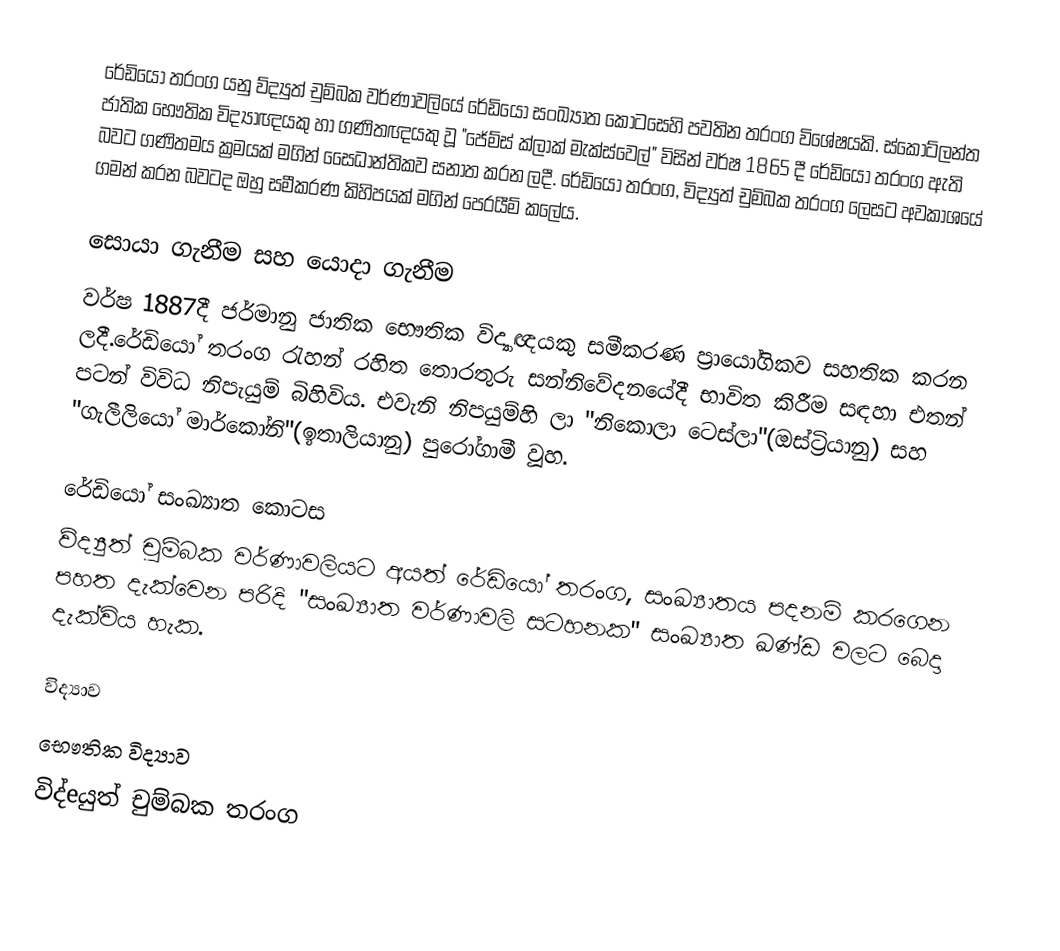
රේඩියෝ තරංග යනු ව්ද්‍යුත් චුම්බක වර්ණාවලියේ රේඩියෝ  සංඛ්‍යාත කොටසෙහි පවතින තරංග විශේෂයකි. ස්කොට්ලන්ත ජාතික භෞතික විද්‍යාඥයකු හා ගණිතඥයකු වූ "ජේම්ස් ක්ලාක් මැක්ස්වෙල්" විසින් වර්ෂ 1865 දී රේඩියෝ තරංග ඇති  බවට ගණිතමය ක්‍රමයක් මගින් සෛධාන්තිකව සනාත කරන ලදී. රේඩියෝ තරංග, විද්‍යුත් චුම්බක තරංග ලෙසට අවකාශයේ ගමන් කරන බවටද ඔහු සමීකරණ කිහිපයක් මගින් පෙරයීම් කලේය.

සොයා ගැනීම සහ ‍යොදා ගැනීම
වර්ෂ 1887දී ජර්මානු ජාතික භෞතික විද්‍යාඥයකු සමීකරණ ප්‍රායෝගිකව සහතික කරන ලදී.රේඩියෝ තරංග රැහන් රහිත තොරතුරු සන්නිවේදනයේදී භාවිත කිරීම සඳහා එතන් පටන් විවිධ නිපැයුම් බිහිවිය. එවැනි නිපයුම්හි ලා "නිකොලා ටෙස්ලා"(ඔස්ට්‍රියානු) සහ "ගැලීලියෝ මාර්කෝනි"(ඉතාලියානු) පුරෝගාමී වූහ.

රේඩියෝ  සංඛ්‍යාත කොටස
ව්ද්‍යුත් චුම්බක වර්ණාවලියට අයත් රේඩියෝ තරංග, සංඛ්‍යාතය පදනම් කරගෙන පහත දැක්වෙන පරිදි "සංඛ්‍යාත වර්ණාවලි සටහනක" සංඛ්‍යාත ඛණ්ඩ වලට බෙදා දැක්විය හැක.

විද්‍යාව
භෞතික විද්‍යාව
විද්‍eයුත් චුම්බක තරංග